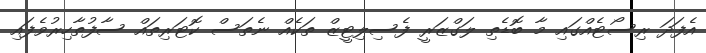
އެފަދަ ރިސޯޓެއްގައި މާ ބޮޑެތި ލަގްޒަރީ ފެސިލިޓީޒް ތަކެއް ނެތަސް ކޮޓަރިތައް ސާފުތާހިރުވެފައި